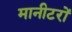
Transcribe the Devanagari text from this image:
मानीटरों